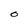
Character: 0